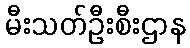
မီးသတ်ဦးစီးဌာန